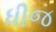
ધીજ